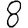
Digit: 8